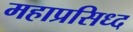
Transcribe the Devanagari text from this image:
महाप्रसिध्द